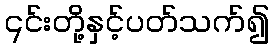
၎င်းတို့နှင့်ပတ်သက်၍